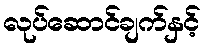
လုပ်ဆောင်ချက်နှင့်